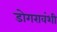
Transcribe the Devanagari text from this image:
डोगरावंशी